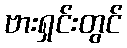
ဗားရှင်းတွင်